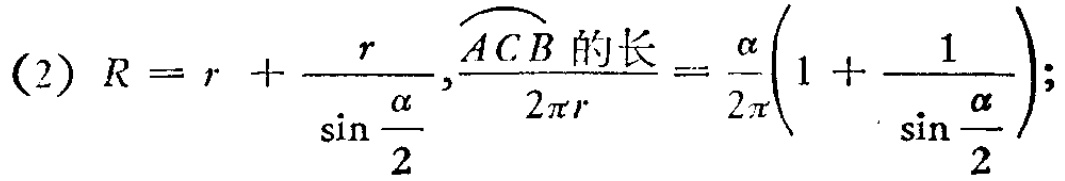
(2) \(R = r+\frac{r}{\sin\frac{\alpha}{2}},\frac{\overset{\frown}{ACB}\text{ 的长}}{2\pi r}=\frac{\alpha}{2\pi}(1 + \frac{1}{\sin\frac{\alpha}{2}})\);